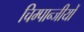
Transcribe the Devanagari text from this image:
चिम्पान्जीयों